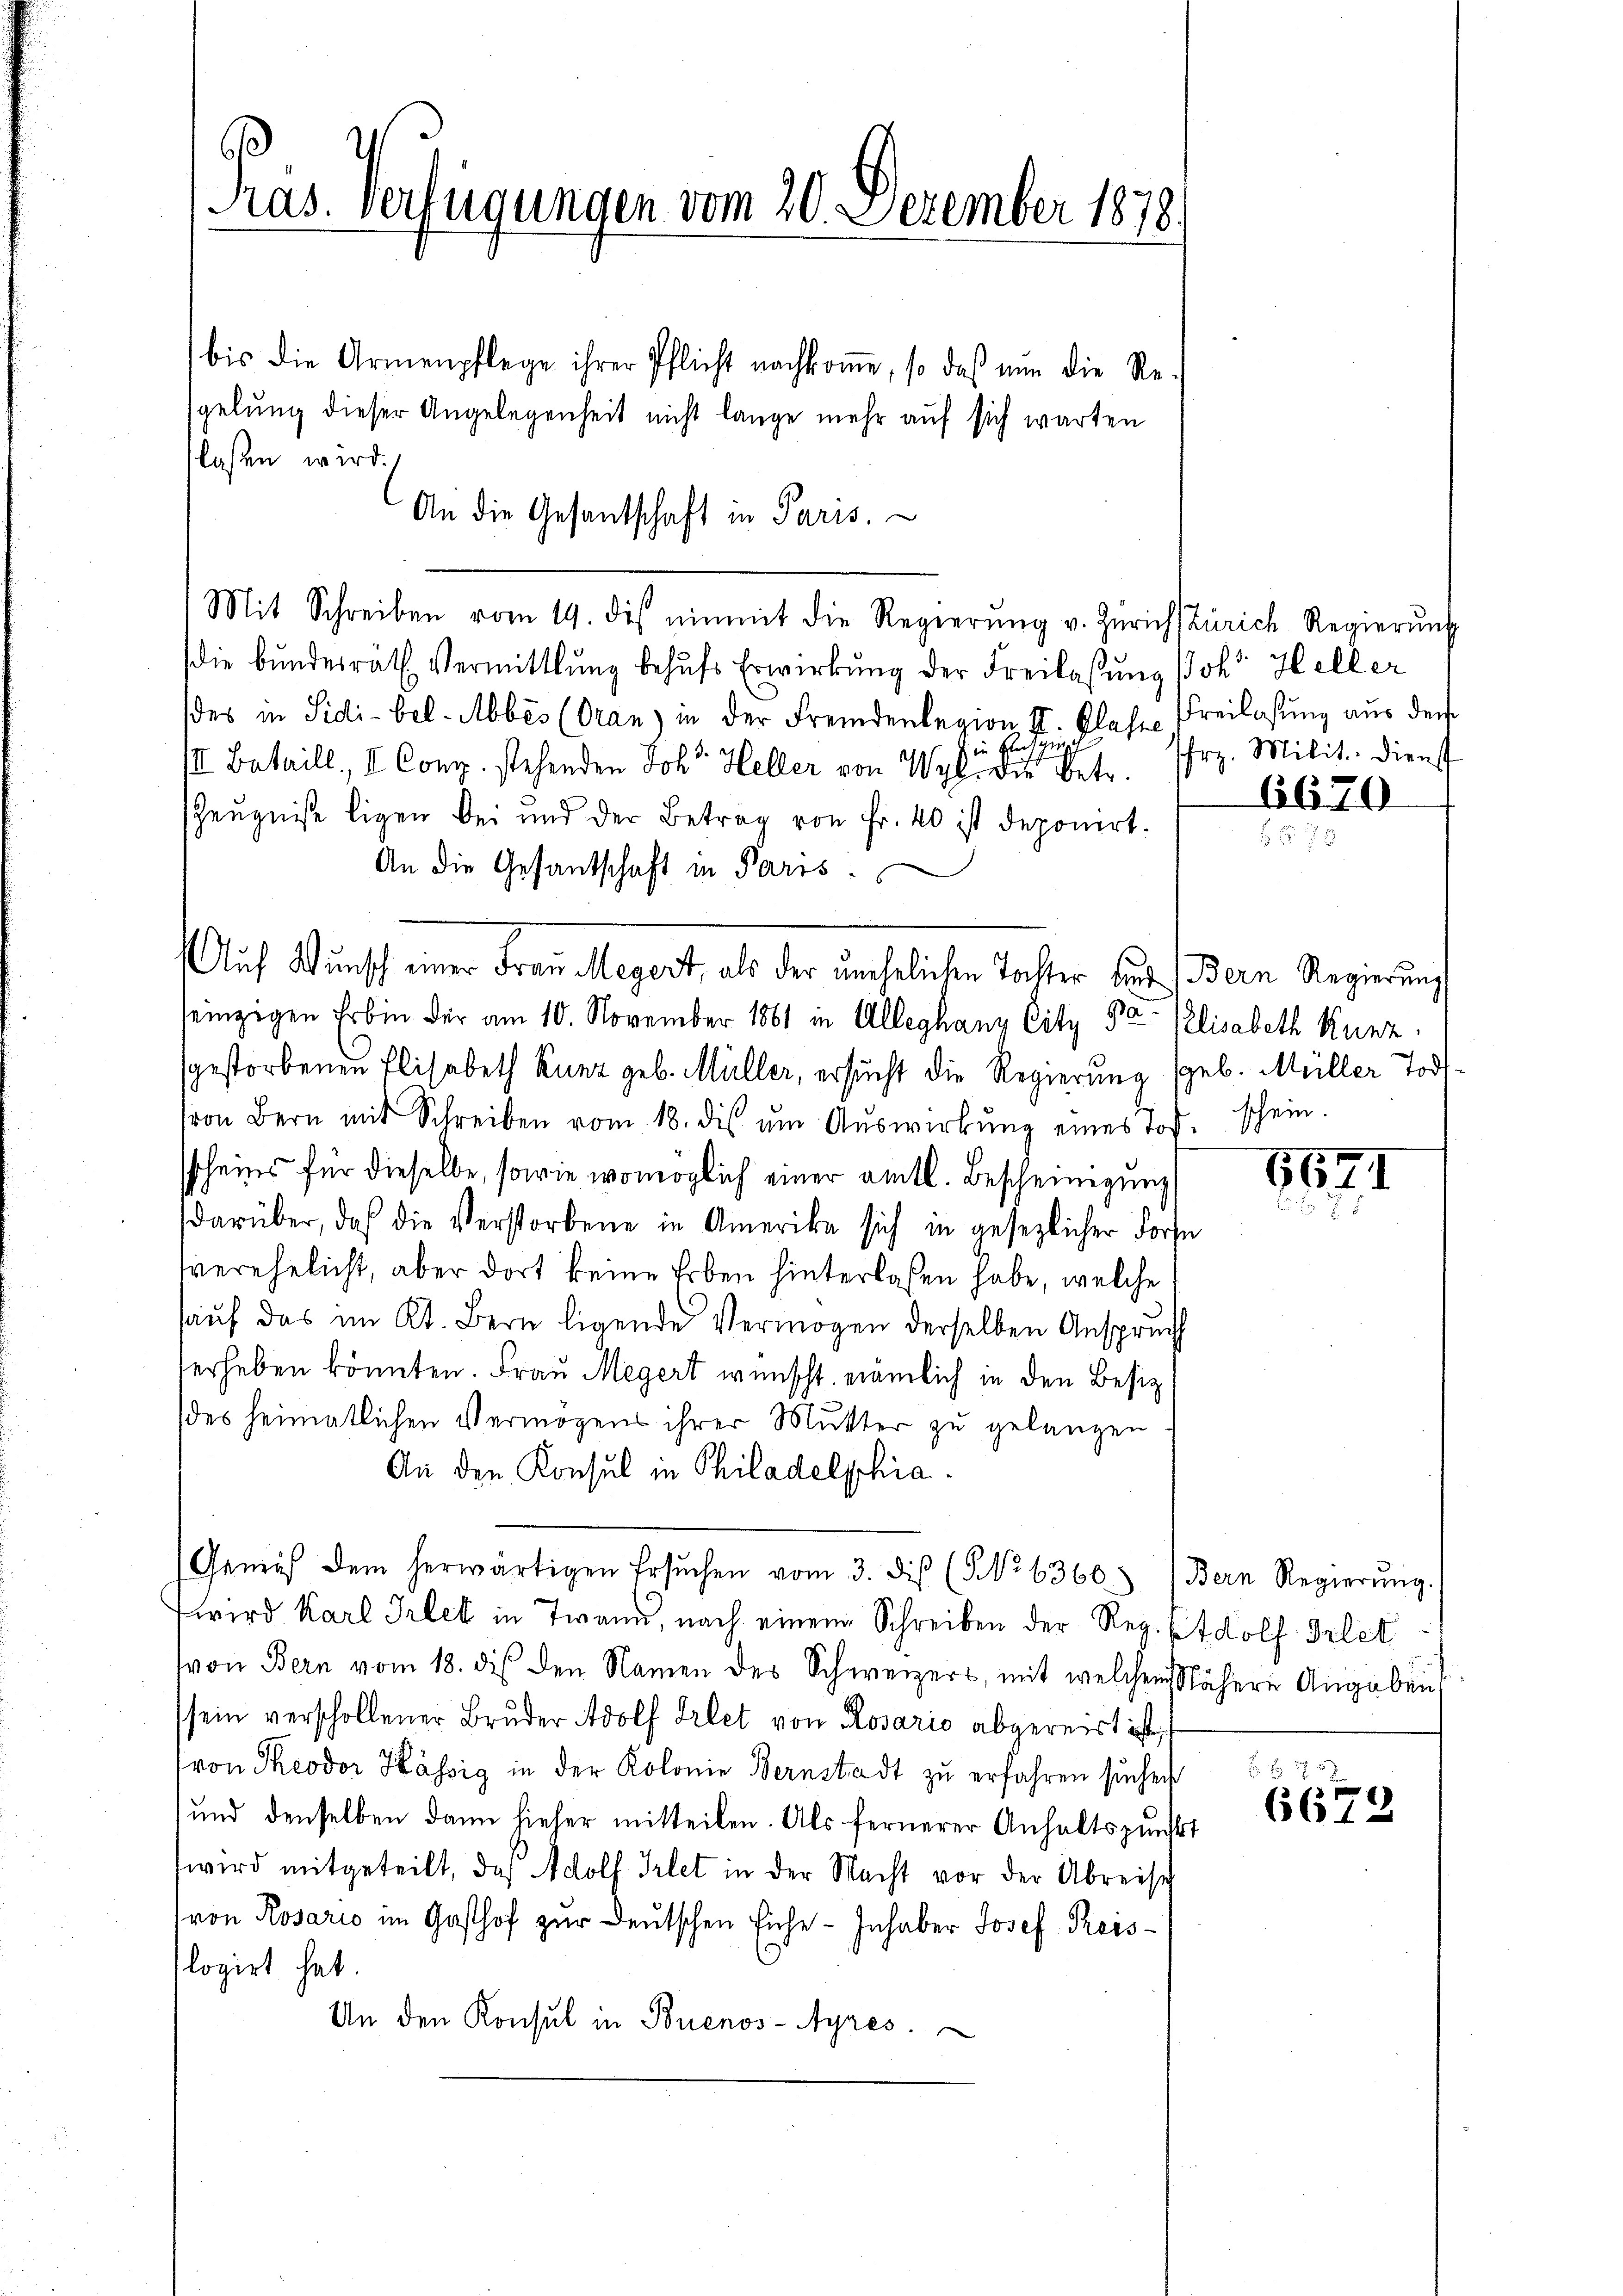
bis die Armenpflege ihrer Pflicht nachkoṁe, so das nun die Re-
spelung dieser Angelegenheit nicht lange mehr auf sich warten
flassen wird.
die bŭndesrath Vermittlung behŭfs Erwirkŭng der Freilassŭng Joh. Heller
des in Sidi-bel. Abbes (Oran) in der Fremdenlegion II. Klase Freilasung aus dem
g
in Erled
III. Bataill, I. Cong. stehenden Joh. Heller von Wyl die betr. Ihrz. Milit. Dienst
Zeugniße ligen bei und der Betrag von Fr. 40 ist deponirt.
An die Gesantschaft in Paris
seinzigen Erbin der am 10. November 1861 in Alleghany City Pa- Plisabeth Kunz
sgestorbenen Elisabeth Kunz geb. Müller, ersucht die Regierung geb. Müller Tod
ron Bern mit Schreiben vom 18. dis ŭm Aŭswirkung eines Tof-
sscheins für dieselbe, sowie womöglich einer amtl. Bescheinigung
darüber, daß die Verstorbene in Amerika sich in gesezlicher Forse
Vverehelicht, aber dort keine Erben hinterlassen habe, welche
hauf das im Kt. Bern ligende Vermögen derselben Anspruch
verheben könnten. Frau Megert wünscht, nämlich in den Besiz
des heimatlichen Vermögens ihrer Mutter zu gelangen
An den Konsul in Philadelphia
Genaus dem herwärtigen Ersŭchen vom 3. diβ (NNNo. 6360. (Bern Regierŭng.
wird Karl Irlek in Twann, nach einem Schreiben der Reg. Etdolf Frlet
von Bern vom 18. dis den Namen des Schweizers, mit welchem Nähere Angaben
sein verschollener Bruder Adolf Frlet von Rosario abgereist ist,
von Theodor Kässig in der Kolonie Bernstadt zu erfahren sichen
und denselben dann hieher mitteilen. Als fernerer Anhaltspunkt
wird mitgeteilt, das Adolf Irlet in der Nacht vor der Abreise
ron Rosario im Gasthof zur Deutschen Eiche - Inhaber Josef Kreislogirt hat.
An den Konsul in Buenos-Ayres.

B
Pras. Verfügungen vom 20. Dezember 1878.

An die Gesandschaft in Paris.

Mit Schreiben vom 19. des einmit die Regierŭng v. Zürich Zürich Regierŭng

Auf Wunst einer Frau Megert, als der unehelichen Tochter but (Bern Regierung

6670

schein.

8621

2
6672